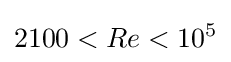
2100<Re<10^{5}